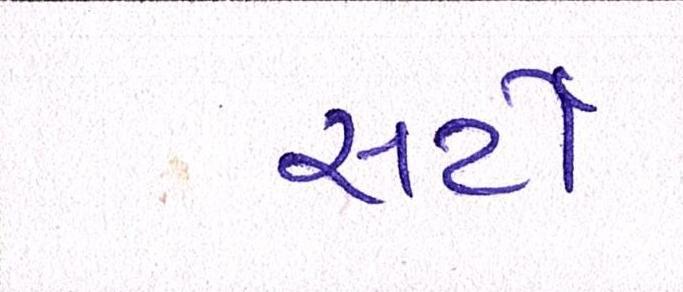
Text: સર્ટી